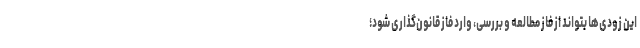
این زودی‌ها بتواند از فاز مطالعه و بررسی، وارد فاز قانون‌گذاری شود؛